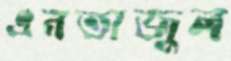
এনতাজুল